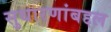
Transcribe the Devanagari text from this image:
सुधारणांबद्दल